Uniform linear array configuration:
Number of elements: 16
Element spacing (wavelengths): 0.75
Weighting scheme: binomial
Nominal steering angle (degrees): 15
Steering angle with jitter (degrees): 14.749
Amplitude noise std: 0.05
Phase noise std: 0.05

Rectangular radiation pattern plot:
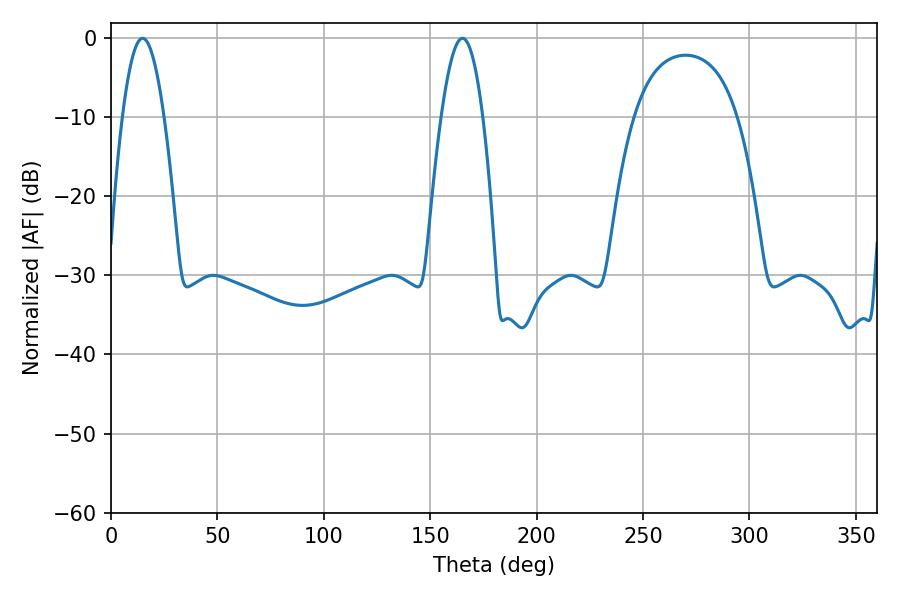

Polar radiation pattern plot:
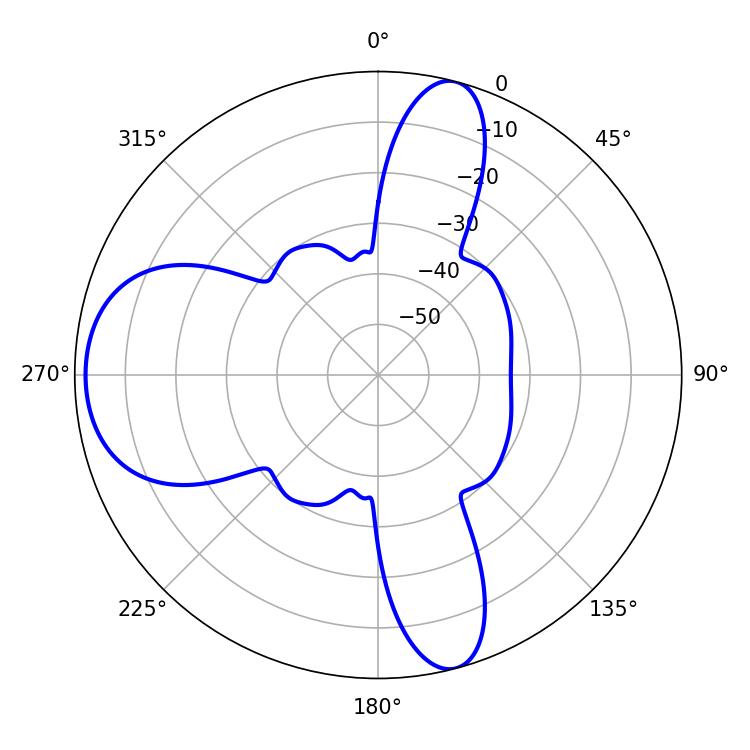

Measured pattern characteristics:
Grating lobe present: TRUE
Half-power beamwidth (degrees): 10.8
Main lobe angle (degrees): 14.76